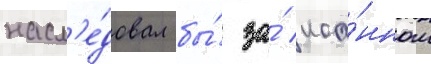
насл'е́довал бы́ за́ иоа́нном